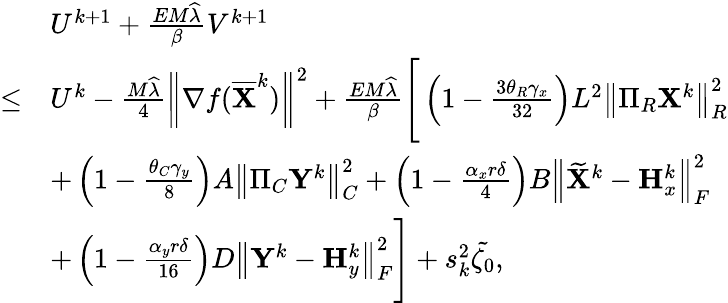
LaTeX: \begin{array}{rl}&{U^{k+1}+\frac{EM\widehat{\lambda}}{\beta}V^{k+1}}\\ {\leq}&{U^{k}-\frac{M\widehat{\lambda}}{4}\left\| \nabla f(\overline{{{\mathbf{X}}}}^{k})\right\| ^{2}+\frac{EM\widehat{\lambda}}{\beta}\Bigg[\left(1-\frac{3\theta_{R}\gamma_{x}}{32}\right)L^{2}\left\| \Pi_{R}{\mathbf{X}}^{k}\right\| _{R}^{2}}\\ &{+\left(1-\frac{\theta_{C}\gamma_{y}}{8}\right)A\left\| \Pi_{C}{\mathbf{Y}}^{k}\right\| _{C}^{2}+\left(1-\frac{\alpha_{x}r\delta}{4}\right)B\left\| \widetilde{{\mathbf{X}}}^{k}-{\mathbf{H}}_{x}^{k}\right\| _{F}^{2}}\\ &{+\left(1-\frac{\alpha_{y}r\delta}{16}\right)D\left\| {\mathbf{Y}}^{k}-{\mathbf{H}}_{y}^{k}\right\| _{F}^{2}\Bigg]+s_{k}^{2}\tilde{\zeta_{0}},}\end{array}